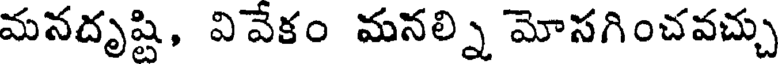
మనదృష్టి, వివేకం మనల్ని మోసగించవచ్చు